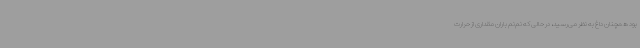
بود همچنان داغ به نظر می‌رسید، در حالی که نم‌نم باران مقداری از حرارت